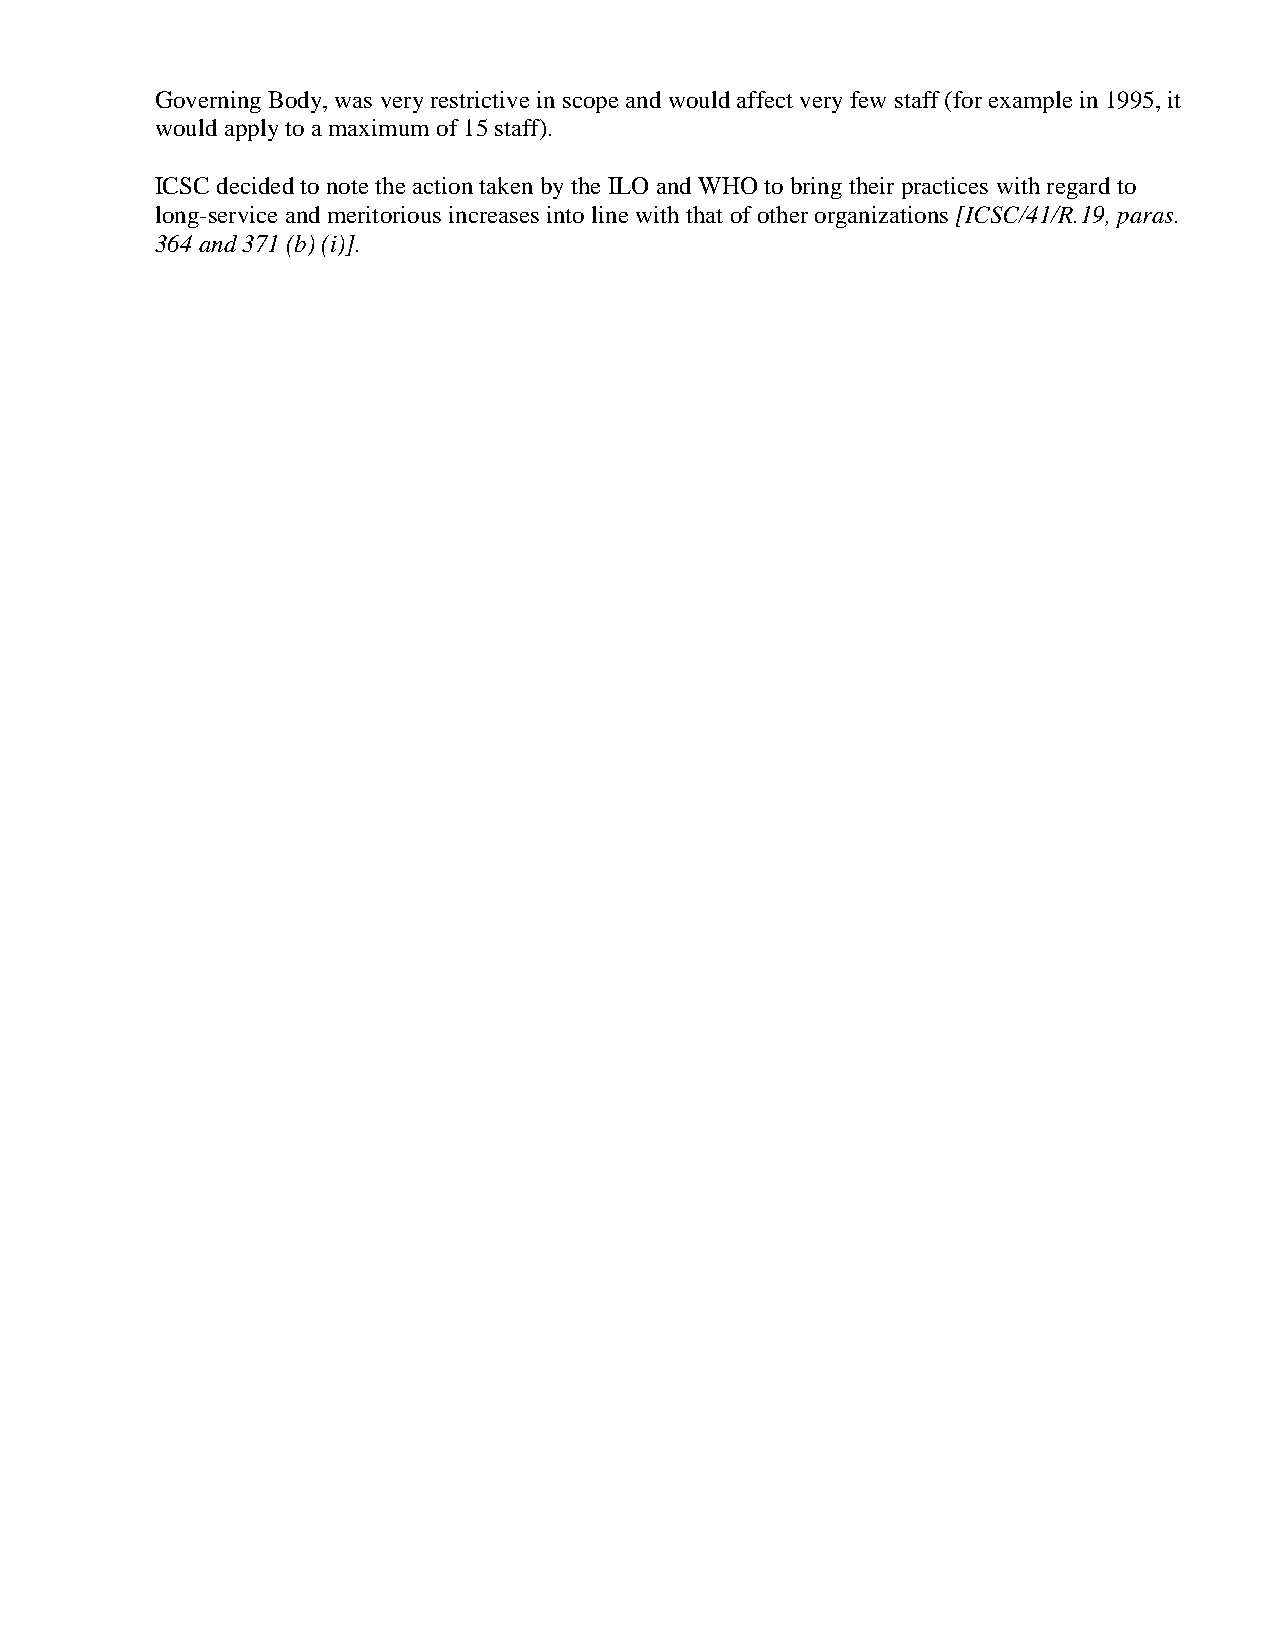
Governing Body, was very restrictive in scope and would affect very few staff (for example in 1995, it
 would apply to a maximum of 15 staff).
 ICSC decided to note the action taken by the ILO and WHO to bring their practices with regard to
 long-service and meritorious increases into line with that of other organizations [ICSC/41/R.19, paras.
 364 and 371 (b) (i)].